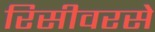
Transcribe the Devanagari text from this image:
रिसीवरसे